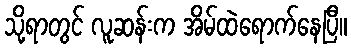
သို့ရာတွင် လူဆန်းက အိမ်ထဲရောက်နေပြီ။